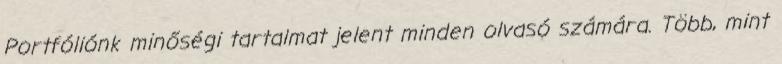
Portfóliónk minőségi tartalmat jelent minden olvasó számára. Több, mint